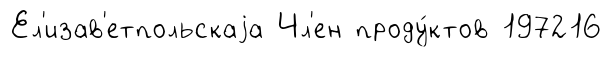
Ел'изав'етпольскаjа Чл'ен проду́ктов 197216